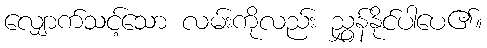
လျှောက်သင့်သော လမ်းကိုလည်း ညွှန်နိုင်ပါပေ၏။